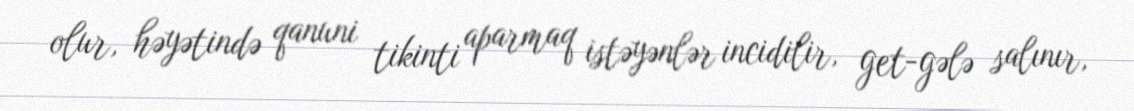
olur, həyətində qanuni tikinti aparmaq istəyənlər incidilir, get-gələ salınır,